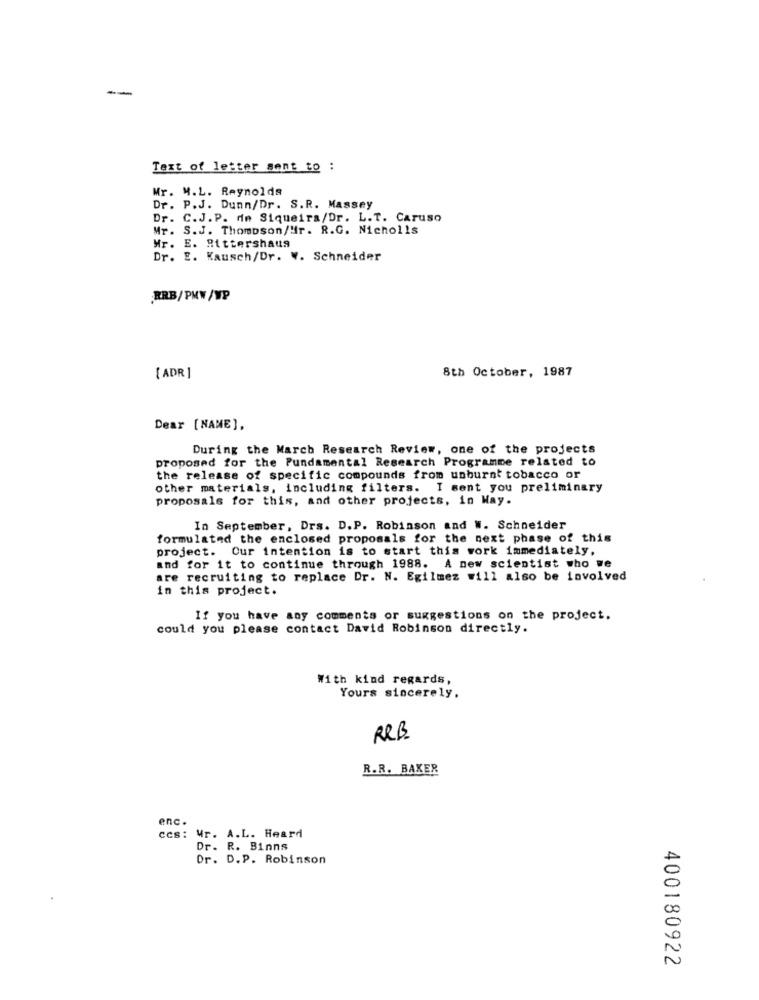
--
Text of letter sent to :
Mr. M.L. Reynolds
Dr. P.J. Dunn/Dr. S.R. Massey
Dr. C.J.P. de Siqueira/Dr. L.T. Caruso
Mr. S.J. Thompson/Mr. R.G. Nicholls
Mr. E. Rittershaus
Dr. E. Kausch/Dr. W. Schneider
.KRB/ PMW/WP
8th October, 1987
[ ADR ]
Dear [NAME],
During the March Research Review, one of the projects
proposed for the Fundamental Research Programme related to
the release of specific compounds from unburnt tobacco or
other materials, including filters. I sent you preliminary
proposals for this, and other projects, in Way.
In September, Drs. D.P. Robinson and W. Schneider
formulated the enclosed proposals for the next phase of this
project. Our intention is to start this work immediately,
and for it to continue through 1988. A new scientist who we
are recruiting to replace Dr. N. Egilmez will also be involved
in this project.
If you have any comments or suggestions on the project.
could you please contact David Robinson directly.
With kind regards,
Yours sincerely.
R&B
R.R. BAKER
enc.
ccs: 4
. A.L. Heard
Dr. R. Binns
Dr. D. P. Robinson
400180922